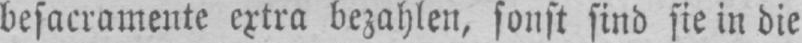
besacramente extra bezahlen; sonst sind sie in die